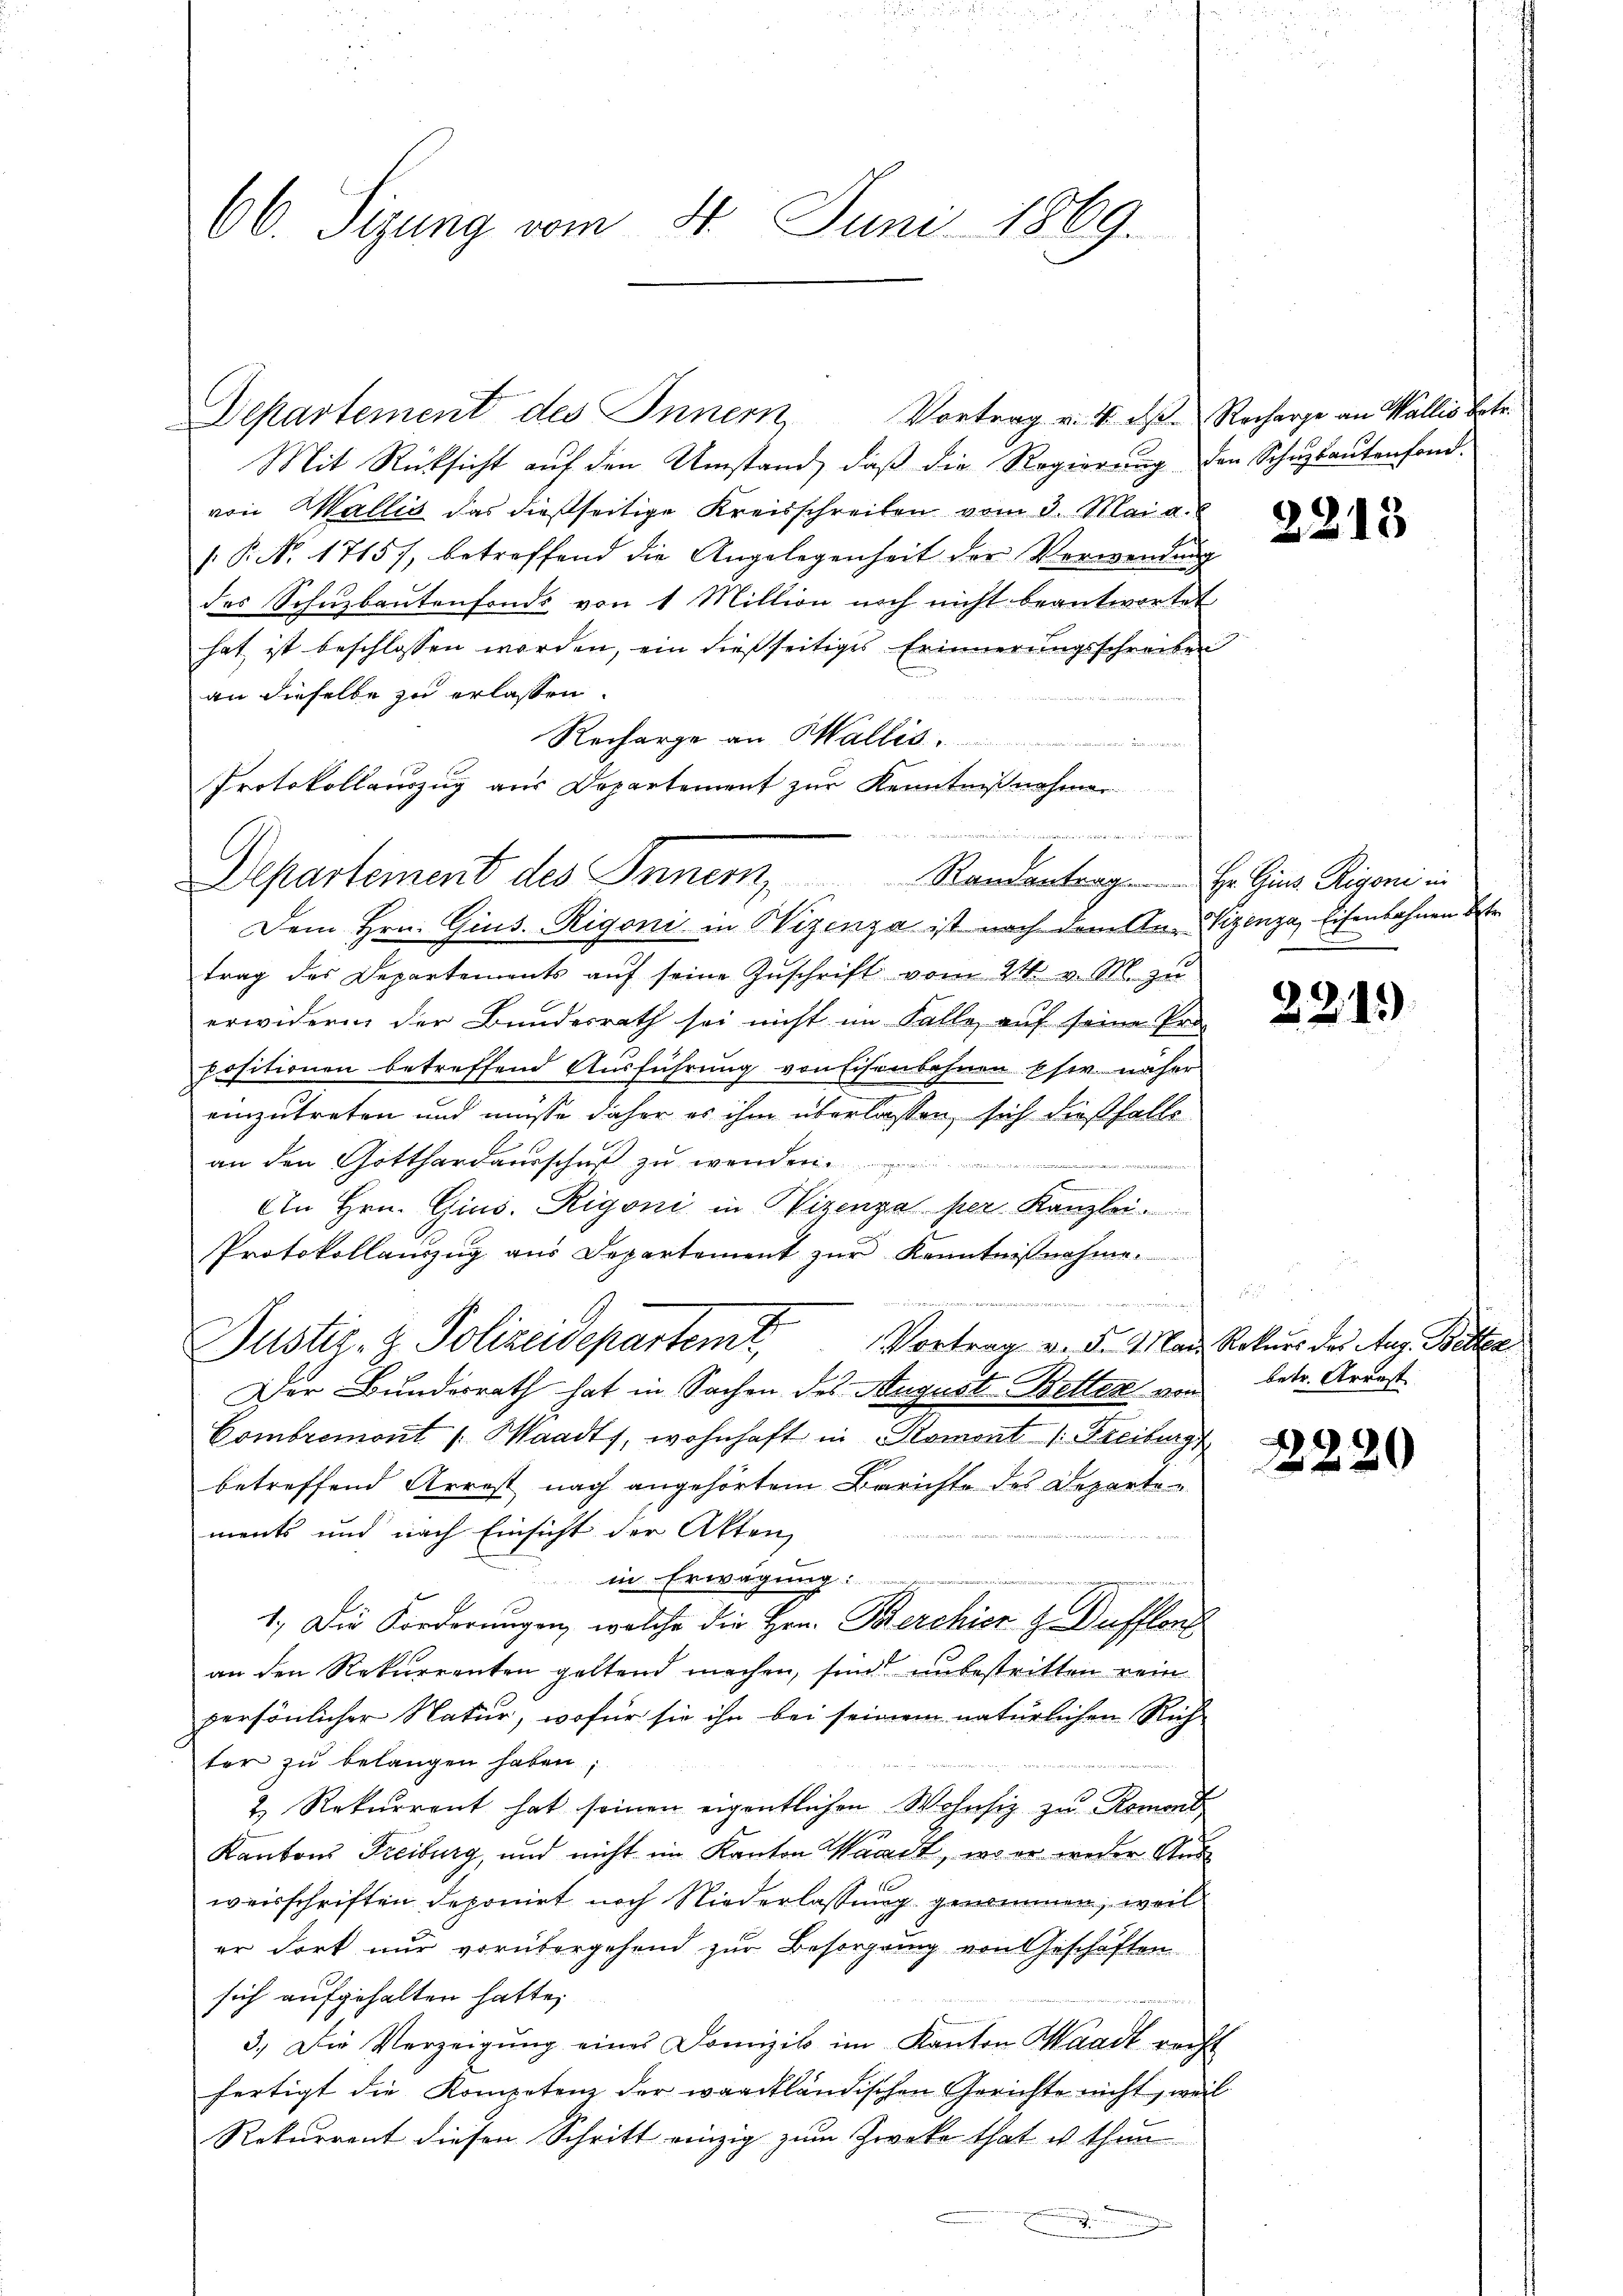
66. Sizung vom 4. Juni 1869.

Departement des Innern
Mit Rücksicht auf den Umstand, daß die Regierung den Schuzbautenfond-
von Wallis das dießseitige Kreisschreiben vom 3. Mai a.
/: P. Nr. 17157, betreffend die Angelegenheit der Verwendung
des Schŭzbaŭtenfonds von 1 Million noch nicht beantwortet.
hat ist beschlossen worden, ein dießseitiges Erinnerungsschreiben
an dieselbe zu erlassen.
Recharge an Wallis
trag des Departements aŭf seine Zuschrift vom 24. v. M. zu
erwidern der Bundesrath sei nicht im Falle auf seine Pro-
positionen betreffend Ausführung von Eisenbahnen Eher näher
einzutreten und müsse daher es ihm überlassen, sich dießfalls
an den Gotthardausschuß zu wenn
e
An Hrn. Gins. Rigoni in Wizenza per Kanzlei.
Protokollanzŭg aŭs Departement zŭr Kenntnißnahme.

e
Vortrag v. 5. Mai Rekurs des Aug. Betten
Justiz- & Polizeidepartemt,
Der Bundesrath hat in Sachen des August Betten von
Combremont /: Waadt, wohnhaft in „Romont 1. Freiburg
betreffend Arrest nach angehörtem Berichte des Departe
ments und nach Einsicht der Akten,
 in Erwägung

1.) Die Forderungen, welche die Hrn. Berchier zu Dufflent
an den Rekurrenten geltend machen, sind unbestritten rein
persönlicher Natur, wofür sie ihn bei seinem natürlichen Rich-
ter zu belangen haben,
2 Rekurrent hat seinen eigentlichen Wohnsiz zu Romont-
Kantons Freiburg, und nicht im Kanton Waadt, wo er weder And
weisschriften deponirt noch Niederlassung genommen, weil
er dort nur vorübergehend zur Besorgung von Geschäften
sich aufgehalten hatte,
e
3. Die Verzeigung eines Domizil im Kanton Waadt recht
fertigt die Kompetenz der waadtländischen Gerichte nicht, weil
Rekurrent diesen Schritt einzig zum Zweke that es thun

Protokollauszug aus Departement zur Kenntnisnehmer
  den des
Departement des Inner, Randentrag ..  Hr. Gins Pioni in
Dem Hrn. Gins. Rigonis in Wizenza ist nach dem An- Hizenza, Eisenbahnen Betr

Vortrag v. 4. d. Recharge an Wallis betr.

2213

22.15)

betr. Arrest

2220